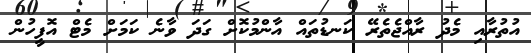
އުތުރާއި މެދު ރާއްޖެތެރޭ ކަނޑުތައް އާންމުކޮށް ގަދަ ވާނެ ކަމަށް މެޓް އޮފީހުން